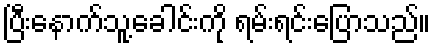
ပြီးနောက်သူ့ခေါင်းကို ရမ်းရင်းပြောသည်။